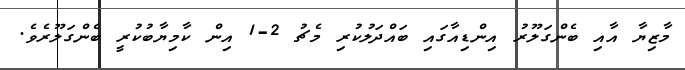
މާޒިޔާ އާއި ބެންގަލޫރު އިންޑިއާގައި ބައްދަލުކުރި މެޗު 2-1 އިން ކާމިޔާބުކުރީ ބެންގަލޫރެވެ.